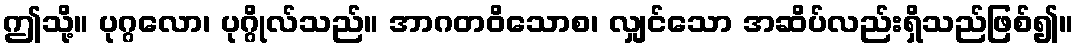
ဤသို့။ ပုဂ္ဂလော၊ ပုဂ္ဂိုလ်သည်။ အာဂတဝိသောစ၊ လျှင်သော အဆိပ်လည်းရှိသည်ဖြစ်၍။